Report on vaccination in Madras 1895-1903 - 1895-1903
Year: 1895
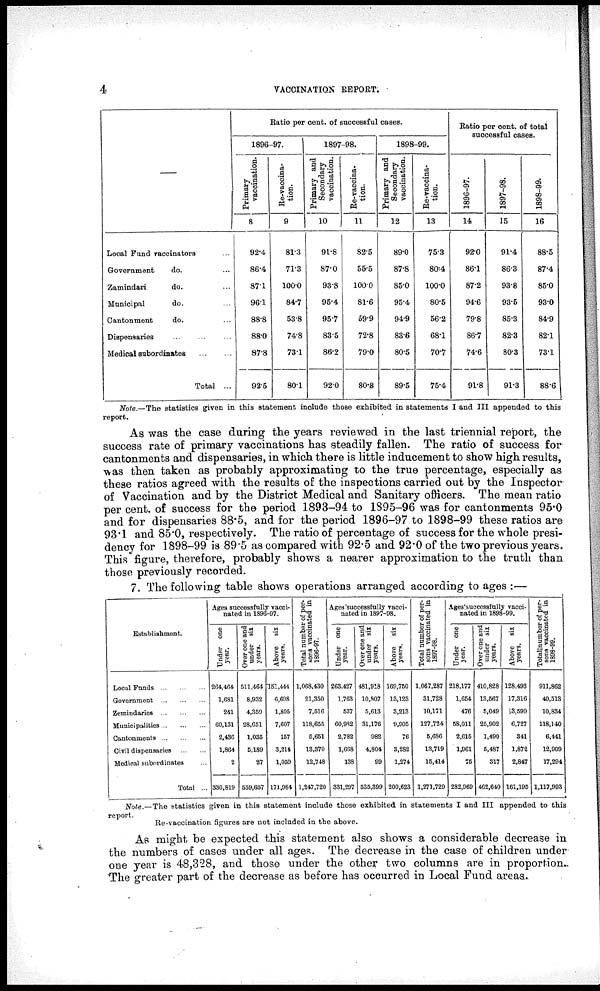
4
VACCINATION REPORT.
—
Local Fund vaccinators ...
Government
do. ...
Zamindari
do. ...
Municipal
do. ...
Cantonment
do. ...
Dispensaries ... ... ...
Medical subordinates
...
...
Total ...
Ratio per cent. of successful cases.
1896-97.
Primary
vaccination.
8
92.4
86.4
87.1
96.1
88.8
88.0
87.8
92.5
Re-vaccina-
tion.
9
81.3
71.3
100.0
84.7
53.8
74.8
73.1
80.1
1897.98.
Primary and
Secondary
vaccination.
10
91.8
87.0
93.8
95.4
95.7
83.5
86.2
92.0
Re-vaccina-
tion.
11
82.5
55.5
100.0
81.6
59.9
72.8
79.0
80.8
1898-99.
Primary and
Secondary
vaccination.
12
89.0
87.8
85.0
95.4
94.9
83.6
80.5
89.5
Re-vaccina-
tion.
13
75.3
80.4
100.0
80.5
56.2
68.1
70.7
75.4
Ratio per cent. of total
successful cases.
1896-97.
14
92.0
86.1
87.2
94.6
79.8
86.7
74.6
91.8
1897-98.
15
91.4
86.3
93.8
93.5
85.3
82.3
80.3
91.3
1898-99.
16
88.5
87.4
85.0
93.0
84.9
82.1
73.1
88.6
Note.—The statistics given in this statement include those exhibited in statements I and III appended to this
report.
As was the case during the years reviewed in the last triennial report, the
success rate of primary vaccinations has steadily fallen. The ratio of success for
cantonments and dispensaries, in which there is little inducement to show high results,
was then taken as probably approximating to the true percentage, especially as
these ratios agreed with the results of the inspections carried out by the Inspector
of Vaccination and by the District Medical and Sanitary officers. The mean ratio
per cent. of success for the period 1893-94 to 1895-96 was for cantonments 95.0
and for dispensaries 88.5, and for the period 1896-97 to 1898-99 these ratios are
93.1 and 85.0, respectively. The ratio of percentage of success for the whole presi-
dency for 1898-99 is 89.5 as compared with 92.5 and 92.0 of the two previous years.
This figure, therefore, probably shows a nearer approximation to the truth than
those previously recorded.
7. The following table shows operations arranged according to ages :—
Establishment.
Local Funds ... ... ...
Government ... ... ...
Zemindaries
...
...
...
Municipalities ... ... ...
Cantonments ... ... ...
Civil dispensaries
...
...
Medical subordinates ...
Total ...
Ages successfully vacci-
nated in 1896-97.
Under one
year.
264,464
1,681
241
60,131
2,436
1,864
2
330,819
Over one and
under six
years.
511,464
8,932
4,359
28,651
1,035
5,189
27
559,657
Above six
years.
151,444
6,698
1,805
7,607
157
3,214
1,059
171,984
Total number of per-
sons vaccinated in
1896-97.
1,068,430
21,350
7,516
118,655
5,651
13,370
12,748
1,247,720
Ages successfully vacci-
nated in 1897-98.
Under one
year.
263,427
1,763
537
60,982
2,782
1,668
138
331,297
Over one and
under six
years.
481,918
10,807
5,613
31,176
982
4,804
99
535,399
Above six
years.
169,750
13,123
3,213
9,905
76
3,282
1,274
200,623
Total number of per-
sons vaccinated in
1897-98.
1,067,287
31,728
10,171
127,724
5,686
13,719
15,414
1,271,729
Ages successfully vacci-
nated in 1898-99.
Under one
year.
218,177
1,654
476
58,011
2,615
1,961
75
282,969
Over one and
under six
years.
410,828
13,567
5,049
25,902
1,490
5,487
317
462,640
A bove six
years.
128,493
17,316
3,599
6,727
341
1,872
2,847
161,195
Total number of per-
sons vaccinated in
1898-99.
911,862
40,513
10,834
118,140
6,441
12,909
17,294
1,117,993
Note.—The statistics given in this statement include those exhibited in statements I and III appended to this
report.
Re-vaccination figures are not included in the above.
As might be expected this statement also shows a considerable decrease in
the numbers of cases under all ages. The decrease in the case of children under
one year is 48,328, and those under the other two columns are in proportion.
The greater part of the decrease as before has occurred in Local Fund areas.